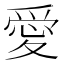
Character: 愛